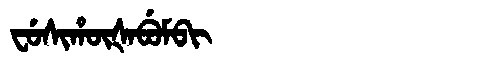
Manchu: ᠸᡠᠰᡳᡥᡡᡧᠠᠪᡠᠮᠪᡳ
Romanization: FUSIHŪŠABUMBI